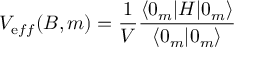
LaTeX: V _ { \mathrm e f f } ( B , m ) = \frac { 1 } { V } \frac { \langle 0 _ { m } | H | 0 _ { m } \rangle } { \langle 0 _ { m } | 0 _ { m } \rangle }